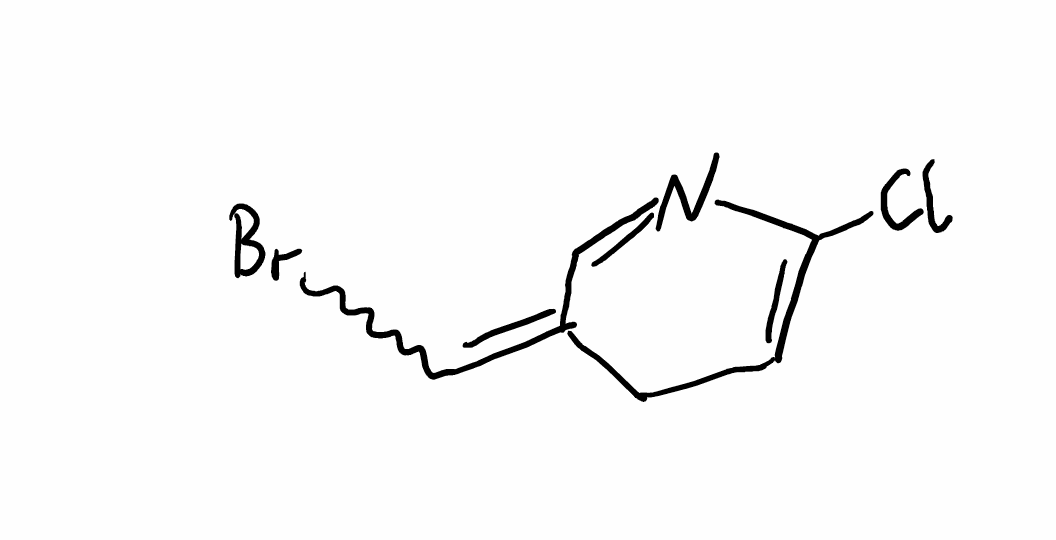
Simplified molecular-input line-entry system (SMILES) notation of the given molecule:
C1C=C(N=CC1=CBr)Cl